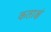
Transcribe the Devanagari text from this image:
कताक्षं